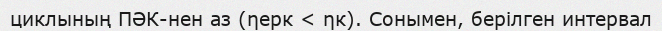
циклының ПӘК-нен аз (ηерк < ηк). Сонымен, берілген интервал